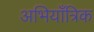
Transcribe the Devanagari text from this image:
अभियाँत्रिक